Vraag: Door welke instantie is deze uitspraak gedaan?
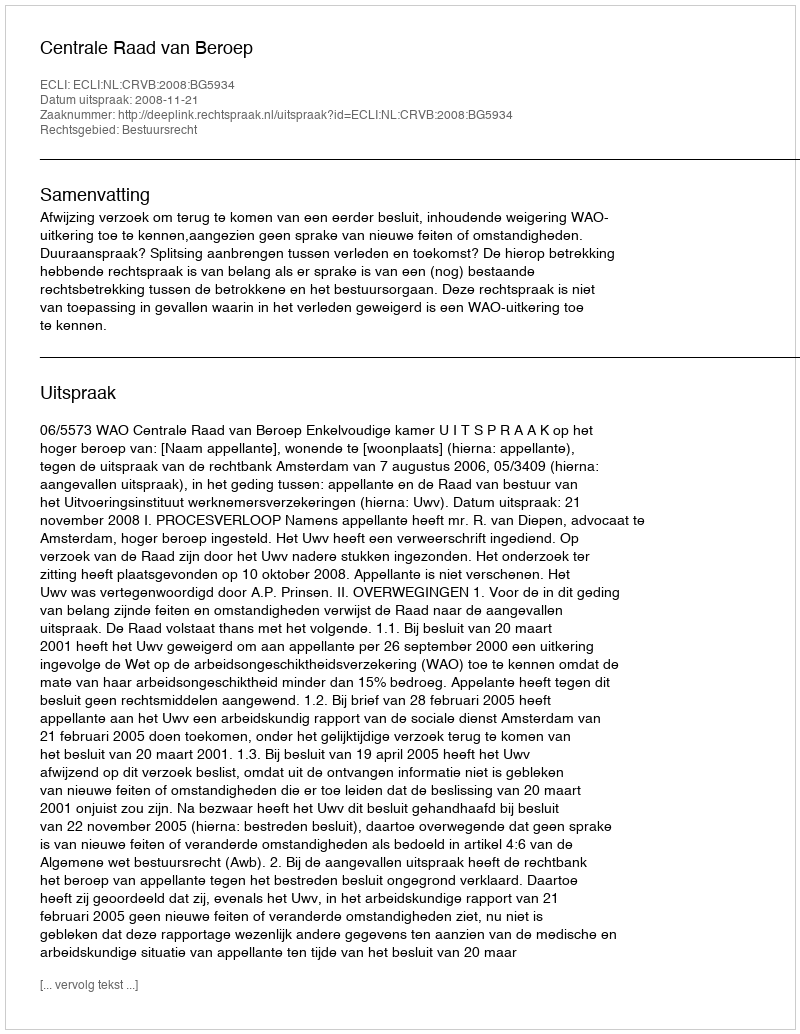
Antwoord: Centrale Raad van Beroep